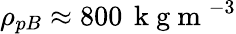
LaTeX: \rho_{pB}\approx 800\, \mathrm{~k~g~m~}^{-3}